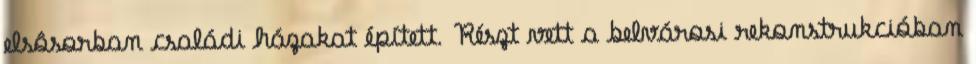
elsôsorban családi házakat épített. Részt vett a belvárosi rekonstrukcióban